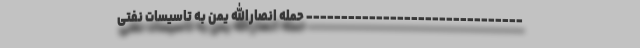
------------------------------- حمله انصارالله یمن به تاسیسات نفتی